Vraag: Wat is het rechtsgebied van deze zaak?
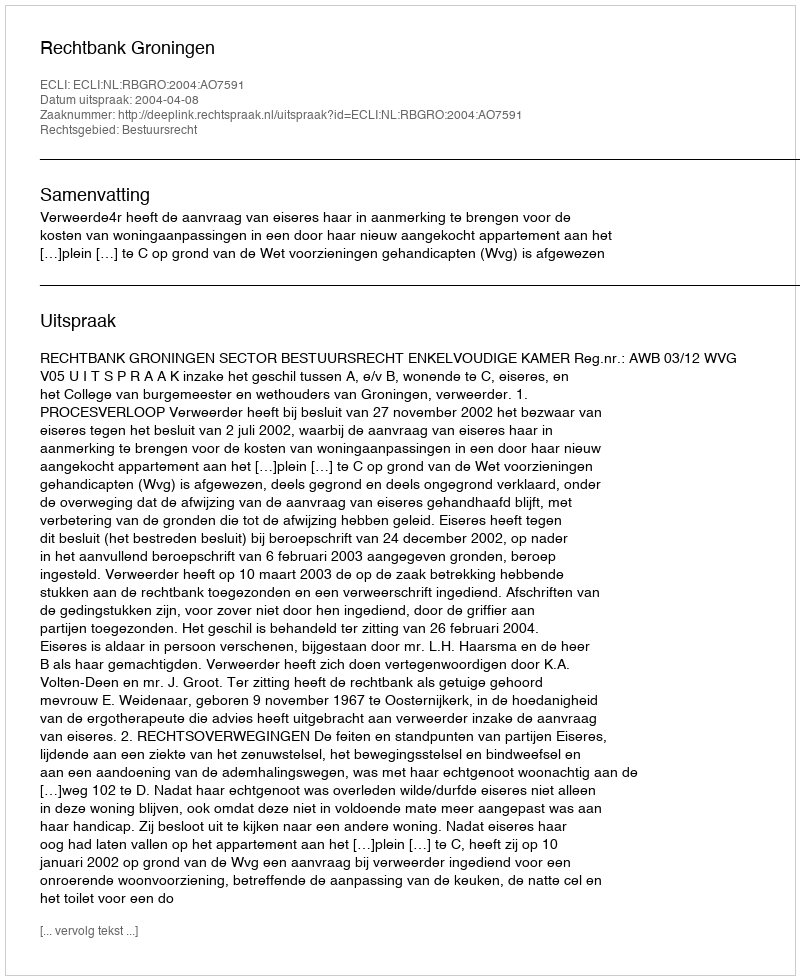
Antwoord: Bestuursrecht